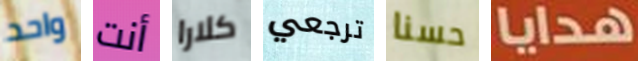
واحد أنت كلارا ترجعي حسنا هدايا